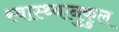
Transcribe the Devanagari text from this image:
स्वास्थ्यानुकुल